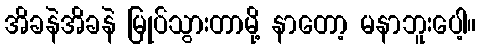
အိခနဲအိခနဲ မြုပ်သွားတာမို့ နာတော့ မနာဘူးပေါ့။